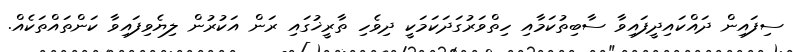
ސިފައިން ދައްކައިދީފައިވާ ސާބިތުކަމާއި ހިތްވަރުގަދަކަމަކީ ދިވެހި ތާރީޚުގައި ރަން އަކުރުން ލިޔެވިފައިވާ ކަންތައްތަކެއް.